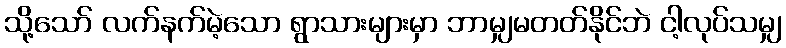
သို့သော် လက်နက်မဲ့သော ရွာသားများမှာ ဘာမျှမတတ်နိုင်ဘဲ ငါ့လုပ်သမျှ